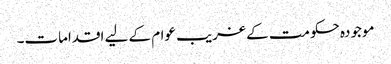
موجودہ حکومت کے غریب عوام کے لیے اقدامات۔